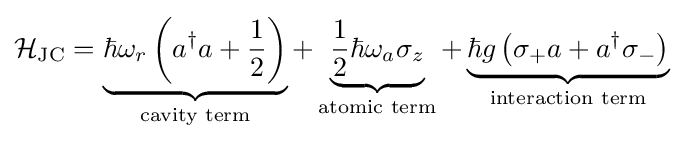
{\mathcal {H}}_{\text{JC}}=\underbrace {\hbar \omega _{r}\left(a^{\dagger }a+{\frac {1}{2}}\right)} _{\text{cavity term}}+\underbrace {{\frac {1}{2}}\hbar \omega _{a}\sigma _{z}} _{\text{atomic term}}+\underbrace {\hbar g\left(\sigma _{+}a+a^{\dagger }\sigma _{-}\right)} _{\text{interaction term}}